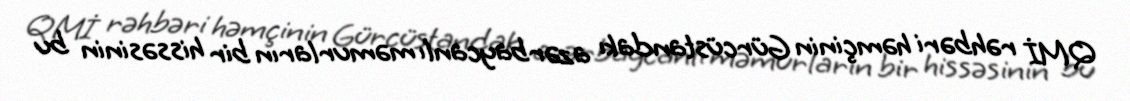
QMİ rəhbəri həmçinin Gürcüstandakı azərbaycanlı məmurların bir hissəsinin bu